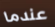
عندما